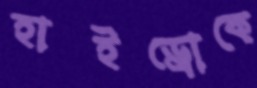
হাইড্রোকে